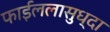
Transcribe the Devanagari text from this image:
फाईललासुध्दा